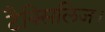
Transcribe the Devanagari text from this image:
टैक्सिलिज।